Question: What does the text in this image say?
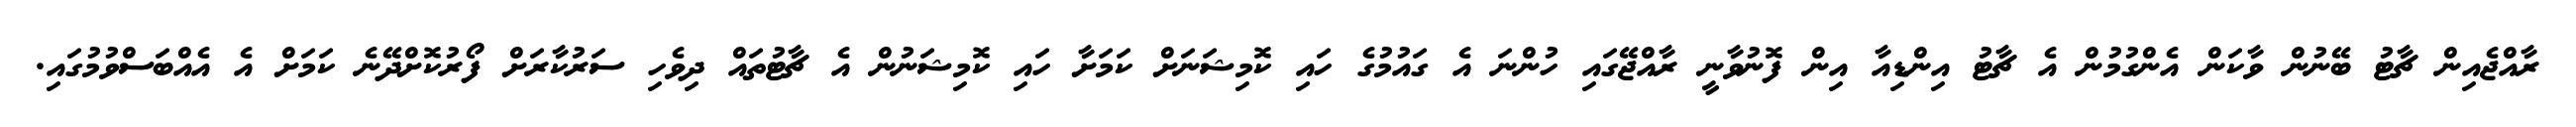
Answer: ރާއްޖެއިން ޗާޓު ބޭނުން ވާކަން އެންގުމުން އެ ޗާޓު އިންޑިއާ އިން ފޮނުވާނީ ރާއްޖޭގައި ހުންނަ އެ ގައުމުގެ ހައި ކޮމިޝަނަށް ކަމަށާ ހައި ކޮމިޝަނުން އެ ޗާޓުތައް ދިވެހި ސަރުކާރަށް ފޯރުކޮށްދޭނެ ކަމަށް އެ އެއްބަސްވުމުގައި.